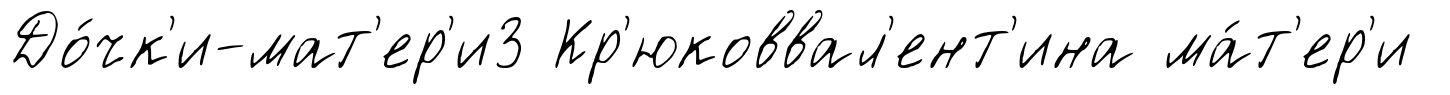
До́чк'и-мат'ер'и3 Кр'юковвал'ент'ина ма́т'ер'и